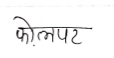
मजकूर: फोलपत